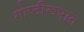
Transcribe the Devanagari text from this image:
गोष्टीरूपात